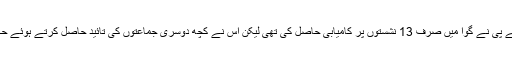
حالیہ اسمبلی انتخابات میں بی جے پی نے گوا میں صرف 13 نشستوں پر کامیابی حاصل کی تھی لیکن اس نے کچھ دوسری جماعتوں کی تائید حاصل کرتے ہوئے حکومت سازی کا دعوی پیش کیا ۔